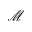
\mathcal { M }